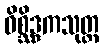
ဝိစ္ဆိဒ္ဒကသုတ္တ